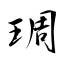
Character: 琱